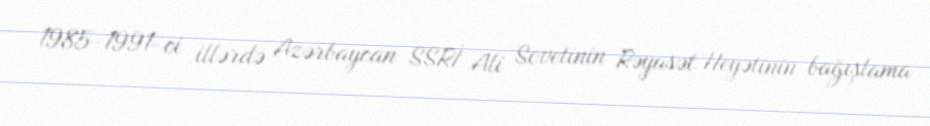
1985-1991-ci illərdə Azərbaycan SSRİ Ali Sovetinin Rəyasət Heyətinin bağışlama